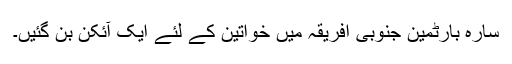
سارہ بارٹمین جنوبی افریقہ میں خواتین کے لئے ایک آئکن بن گئیں۔